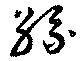
絲